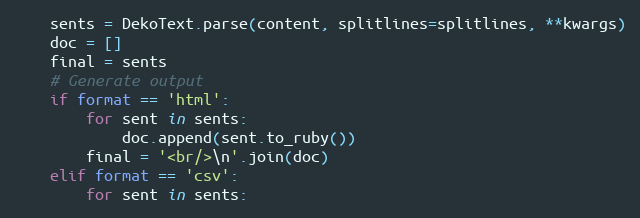
Language: Python
    sents = DekoText.parse(content, splitlines=splitlines, **kwargs)
    doc = []
    final = sents
    # Generate output
    if format == 'html':
        for sent in sents:
            doc.append(sent.to_ruby())
        final = '<br/>\n'.join(doc)
    elif format == 'csv':
        for sent in sents: